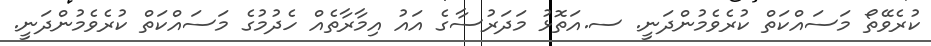
ކުރެވޭތޯ މަސައްކަތް ކުރެވެމުންދަނީ. ސ.އަތޮޅު މަދަރުސާގެ އައު އިމާރާތެއް ހެދުމުގެ މަސައްކަތް ކުރެވެމުންދަނީ.